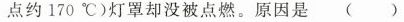
点约170℃)灯罩却没被点燃。原因是(